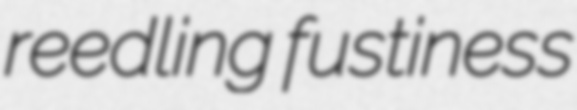
reedling fustiness